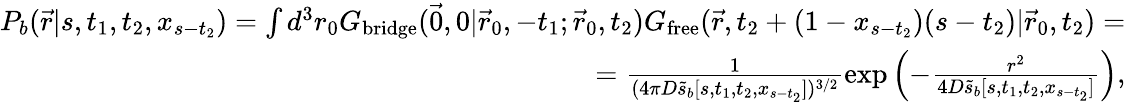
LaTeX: \begin{array}{r}{P_{b}(\vec{r}|s,t_{1},t_{2},x_{s-t_{2}})=\int d^{3}r_{0}G_{\mathrm{bridge}}(\vec{0},0|\vec{r}_{0},-t_{1};\vec{r}_{0},t_{2})G_{\mathrm{free}}(\vec{r},t_{2}+(1-x_{s-t_{2}})(s-t_{2})|\vec{r}_{0},t_{2})=}\\ {=\frac{1}{(4\pi D\tilde{s}_{b}[s,t_{1},t_{2},x_{s-t_{2}}])^{3/2}}\exp\left(-\frac{r^{2}}{4D\tilde{s}_{b}[s,t_{1},t_{2},x_{s-t_{2}}]}\right),}\end{array}